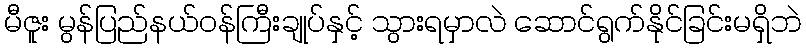
မီဇူး မွန်ပြည်နယ်ဝန်ကြီးချုပ်နှင့် သွားရမှာလဲ ဆောင်ရွက်နိုင်ခြင်းမရှိဘဲ